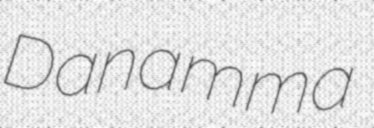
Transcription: Danamma